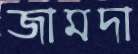
জামদা